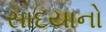
સાદયાનો